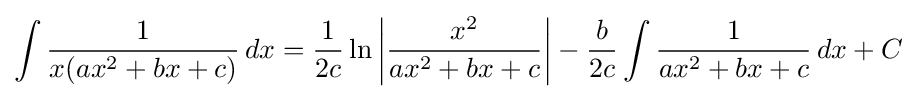
\int {\frac {1}{x(ax^{2}+bx+c)}}\,dx={\frac {1}{2c}}\ln \left|{\frac {x^{2}}{ax^{2}+bx+c}}\right|-{\frac {b}{2c}}\int {\frac {1}{ax^{2}+bx+c}}\,dx+C